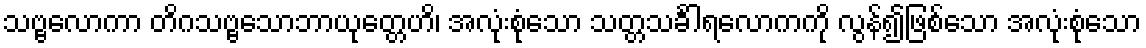
သဗ္ဗလောကာ တိဂသဗ္ဗသောဘာယုတ္တေဟိ၊ အလုံးစုံသော သတ္တသင်္ခါရလောကကို လွန်၍ဖြစ်သော အလုံးစုံသော